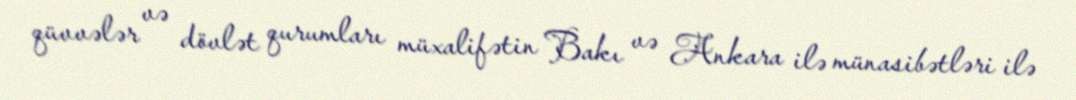
qüvvələr və dövlət qurumları müxalifətin Bakı və Ankara ilə münasibətləri ilə